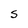
Character: s